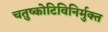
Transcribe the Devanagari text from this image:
चतुष्कोटिविनिर्मुक्त